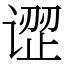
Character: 䜧